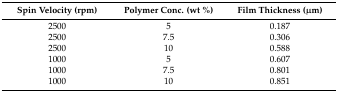
<table><thead><tr><td><b>Spin Velocity (rpm)</b></td><td><b>Polymer Conc. (wt %)</b></td><td><b>Film Thickness (μm)</b></td></tr></thead><tbody><tr><td>2500</td><td>5</td><td>0.187</td></tr><tr><td>2500</td><td>7.5</td><td>0.306</td></tr><tr><td>2500</td><td>10</td><td>0.588</td></tr><tr><td>1000</td><td>5</td><td>0.607</td></tr><tr><td>1000</td><td>7.5</td><td>0.801</td></tr><tr><td>1000</td><td>10</td><td>0.851</td></tr></tbody></table>